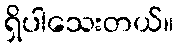
ရှိပါသေးတယ်။